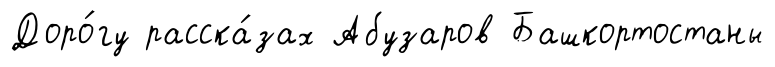
Доро́гу расска́зах Абузаров Башкортостаны